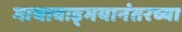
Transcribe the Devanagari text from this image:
गाथावाड्मयानंतरच्या